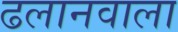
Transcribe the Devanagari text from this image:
ढलानवाला